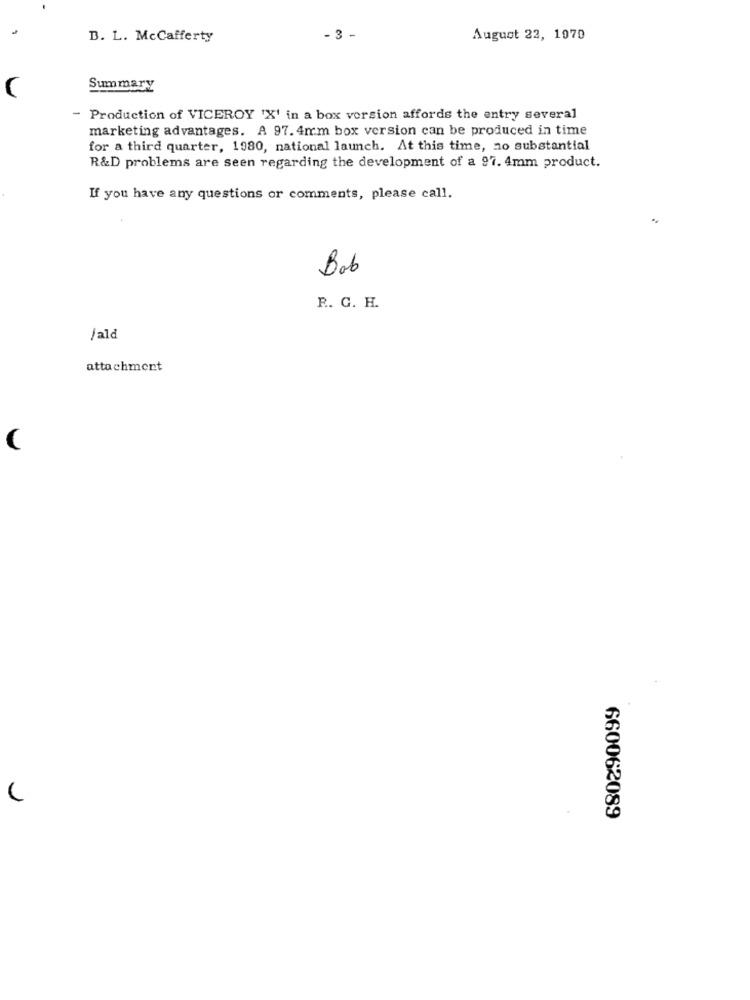
D. L. McCafferty
- 3
August 22, 1970
Summary
- Production of VICEROY 'X' in a box version affords the entry several
marketing advantages. A 97.4mm box version can be produced in time
for a third quarter, 1980, national launch. At this time, no substantial
R&D problems are seen regarding the development of a 97. 4mm product.
If you have any questions or comments, please call.
Bob
R. G. H.
/ald
attachment
660062089